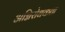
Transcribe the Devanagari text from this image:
अग्निरोधकता